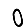
Digit: 0